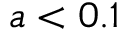
a < 0 . 1